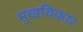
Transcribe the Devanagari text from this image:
मुखविकार